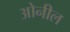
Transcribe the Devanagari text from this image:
ओनील